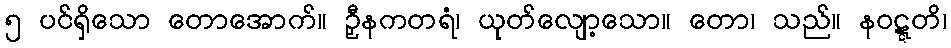
၅ ပင်ရှိသော တောအောက်။ ဉှီနကတရံ၊ ယုတ်လျော့သော။ တော၊ သည်။ နဝဋ္ဋတိ၊